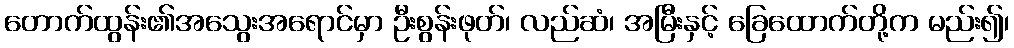
တောက်ထွန်း၏အသွေးအရောင်မှာ ဦးစွန်းဖုတ်၊ လည်ဆံ၊ အမြီးနှင့် ခြေထောက်တို့က မည်း၍၊